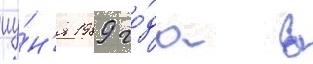
иу́н'я 1989 го́да в